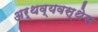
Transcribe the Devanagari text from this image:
अर्थव्यवस्थेस